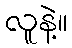
လူနဲ့။